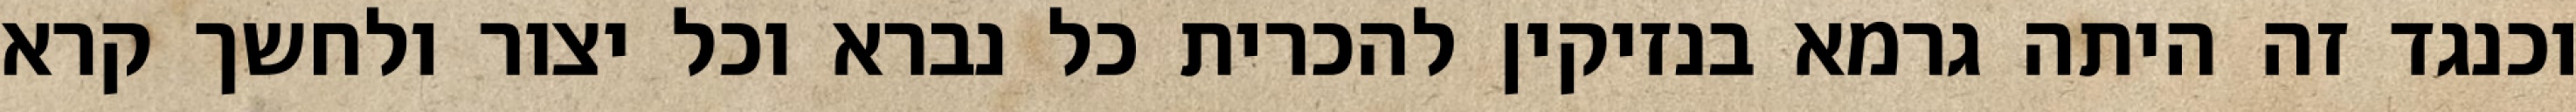
וכנגד זה היתה גרמא בנזיקין להכרית כל נברא וכל יצור ולחשך קרא